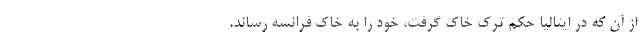
از آن که در ایتالیا حکم ترک خاک گرفت، خود را به خاک فرانسه رساند.